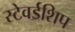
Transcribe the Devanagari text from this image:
स्टेवर्डशिप